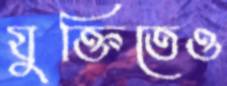
যুক্তিতেও